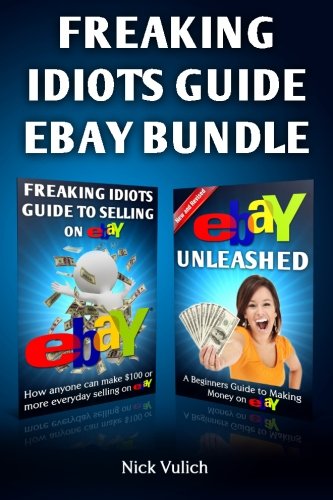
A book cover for Freaking Idiots Guide Ebay Bundle; Nick Vulich; Computers & Technology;